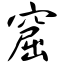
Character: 窟